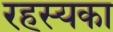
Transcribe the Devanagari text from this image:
रहस्यका